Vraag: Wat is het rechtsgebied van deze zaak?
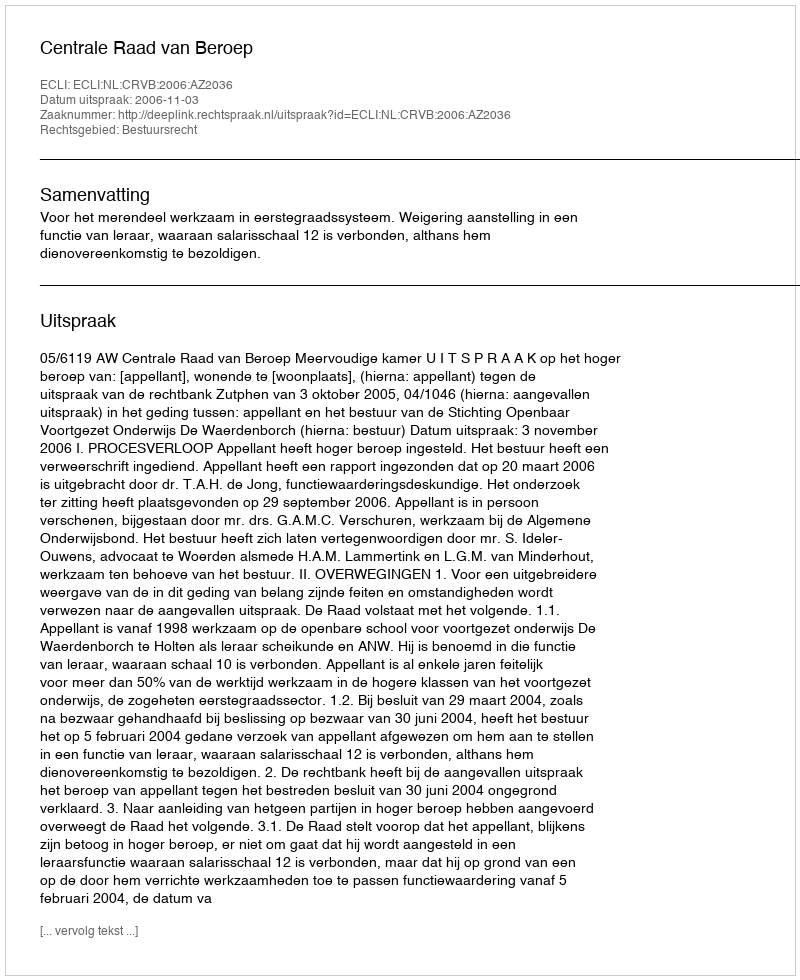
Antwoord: Bestuursrecht